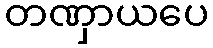
တဏှာယပေ